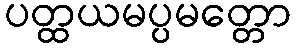
ပတ္ထယမပ္ပမတ္တော